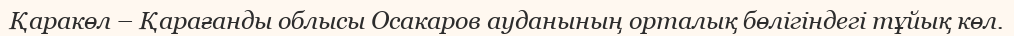
Қаракөл – Қарағанды облысы Осакаров ауданының орталық бөлігіндегі тұйық көл.